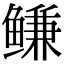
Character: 鳒